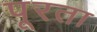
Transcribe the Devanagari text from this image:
पूरता